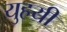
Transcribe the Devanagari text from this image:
युहयी